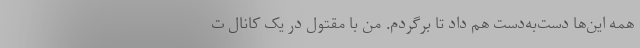
همه این‌ها دست‌به‌دست هم داد تا برگردم. من با مقتول در یک کانال ت